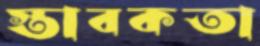
স্তাবকতা